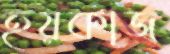
হয়কাজ